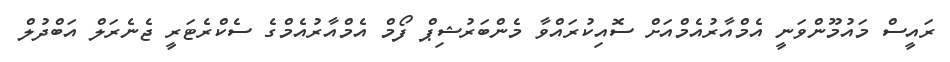
ރައީސް މައުމޫންވަނީ އެމްއާރުއެމްއަށް ސޮއިކުރައްވާ މެންބަރުޝިޕް ފޯމް އެމްއާރުއެމްގެ ސެކްރެޓަރީ ޖެނެރަލް އަބްދުލް